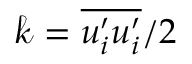
\mathcal { k } = \overline { { u _ { i } ^ { \prime } u _ { i } ^ { \prime } } } / 2